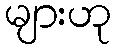
များဟု